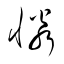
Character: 憐